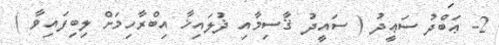
2- ޢަބްދު ސަޢީދު ( ސައީދު ޤާސިމާއި ޛުލައިޚާ އިބްރާހިމަށް ލިބިފައިވާ )